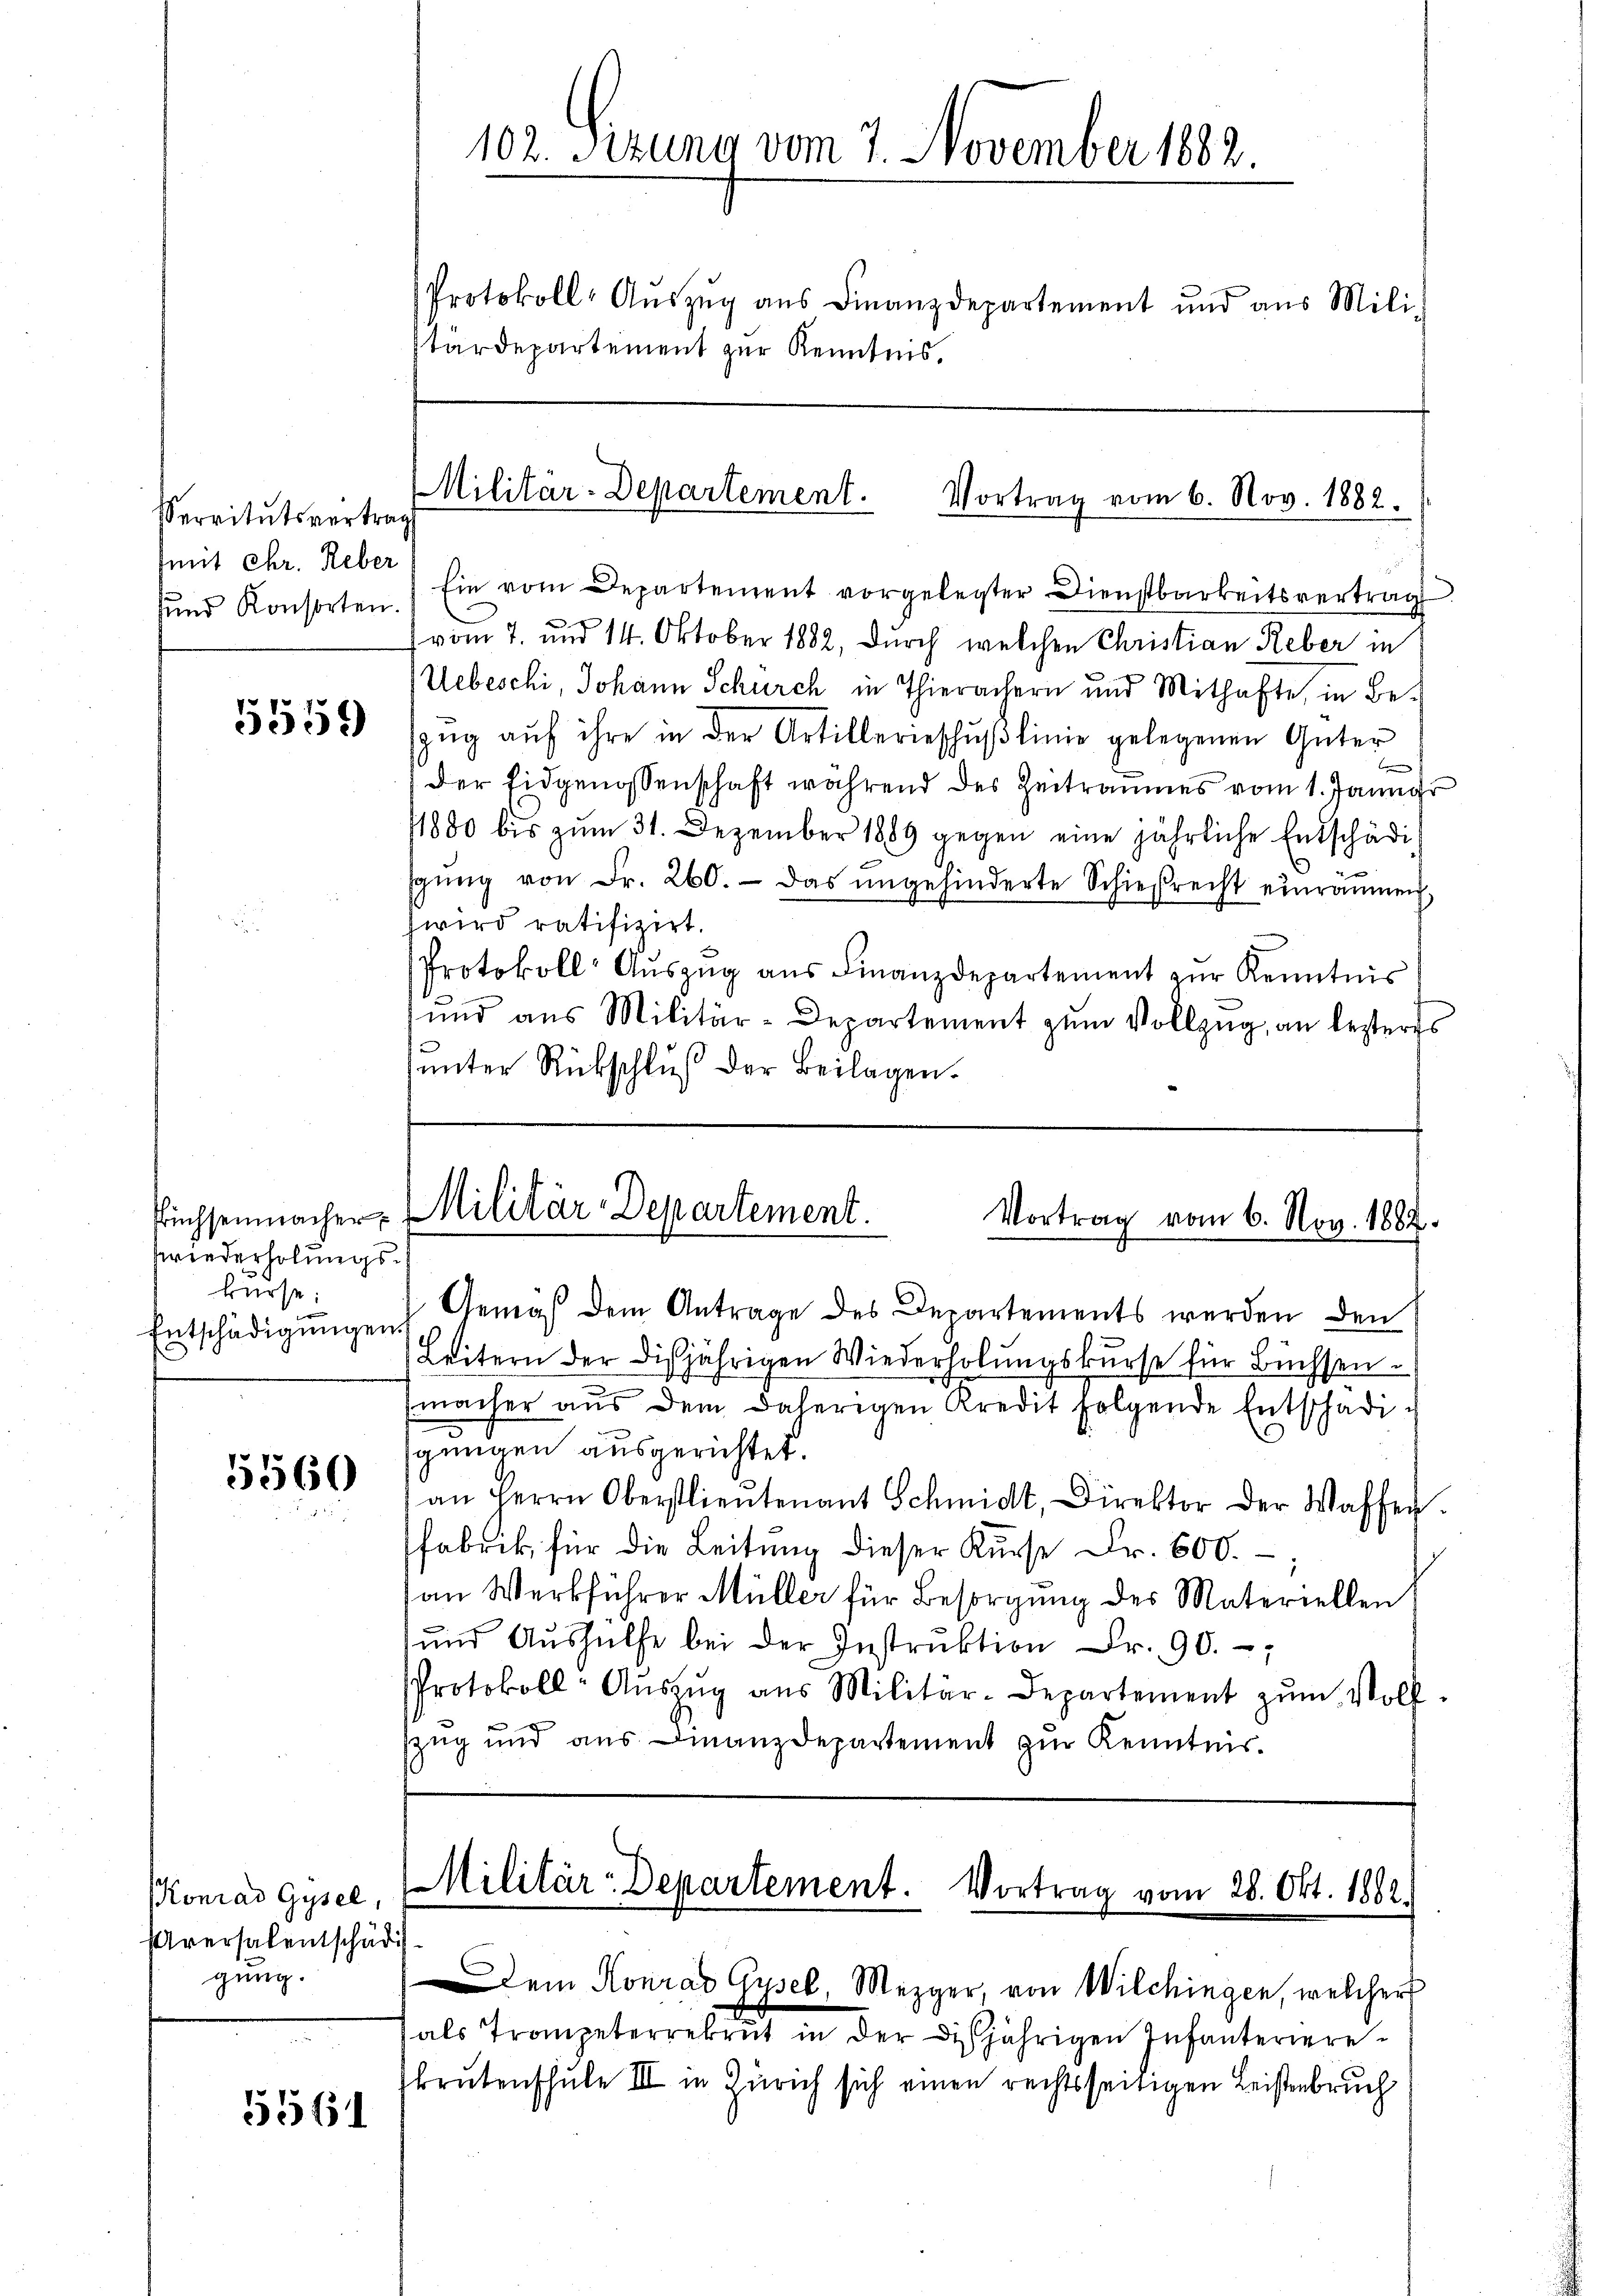
Servitutsvertrag
mit Chr. Reber

5559

Zwiederholungskürse:

5560

KKonrad Gysel,
Uversalentschädi
gung.

5561

102. Sizung vom 7. November 1882.
Protokoll-Aŭszŭg aŭs Finanzdepartement und aus Mili-
tärdepartement zur Kenntnis,

Militär-Departement. Vortrag vom 6. Nov. 1882.

uund Konsorten.) Ein vom Departement vorgelegter Dienstbarkeitsvertrag
vom 7. und 14. Oktober 1882, durch welchen Christian Reber in
Uebeschi, Johann Schurch in Thierachern und Mithafte, in Bezŭg aŭf ihre in der Artillerieschŭβlinie gelegenen Güter
der Eidgenossenschaft während des Zeitraumes vom 1. Januar
1880 bis zum 31. Dezember 1889 gegen eine jährliche Entschädisgŭng von Fr. 260. Das ungehinderte Schiefrecht einräumen,
hwird ratifizirt.
Protokoll- Aŭszŭg aŭs Finanzdepartement zur Kenntnis
und aus Militär-Departement zum Vollzug, an besters
ŭnter Rückschlŭβ der Beilagen.

Püchsenmacher Militär-Departement.
Vortrag vom 6. Nov. 1882.

Entschädigŭngen Gemäβ dem Antrage des Departements werden den
Leitern der disjährigen Wiederholungskurse für Büchsen.
macher aus dem daherigen Kredit folgende Entschädig
gungen ausgerichtet.
an Herrn Oberstlieutenant Schmidt, Direktor der Waffen.
fabrik für die Leitung dieser Kurse Fr. 600.
an Werkführer Müller für Besorgung der Materiellen
ŭnd Aŭshülfe bei der Instrŭktion Fr. 90.
Protokoll-Aŭszŭg aŭs Militär-Departement zŭm Wolf.
zzug und aus Finanzdepartement zur Kenntnis.

Militär-Departement. Vortrag vom 28. Okt. 1882.

Dem Konrad Gysel, Mezger, von Wilchingen, welcher
als Trompeterrekrut in der diesjährigen Infanterierekrutenschule III in Zürich sich einen rechtsseitigen Leistenbruch